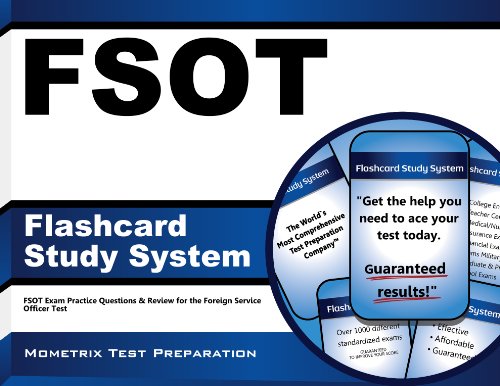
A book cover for FSOT Flashcard Study System: FSOT Exam Practice Questions & Review for the Foreign Service Officer Test (Cards); FSOT Exam Secrets Test Prep Team; Test Preparation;